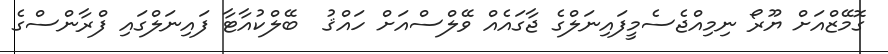
ގޮމޭޒްއަށް ޔޫރޯ ނިމިއްޖެސެމީފައިނަލްގެ ޖާގައެއް ވޭލްސްއަށް ހައްޤު  ބޭލްކުއާޓާ ފައިނަލްގައި ފްރާންސްގެ